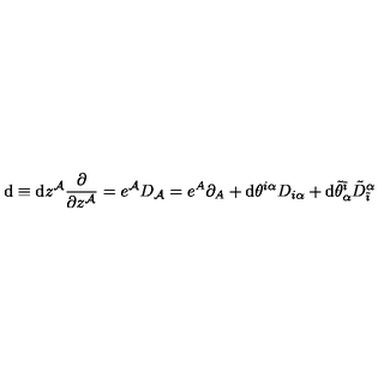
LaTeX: \mathrm { d } \equiv \mathrm { d } z ^ { { \cal A } } \frac { \partial } { \partial z ^ { { \cal A } } } = e ^ { { \cal A } } D _ { { \cal A } } = e ^ { A } \partial _ { A } + \mathrm { d } \theta ^ { i \alpha } D _ { i \alpha } + \mathrm { d } \tilde { \theta } _ { \alpha } ^ { \tilde { \imath } } { \tilde { D } } _ { \tilde { \imath } } ^ { \alpha }